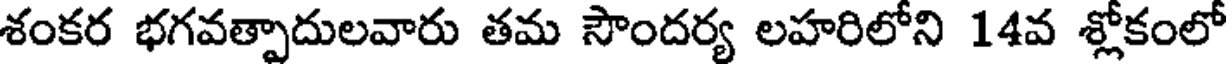
శంకర భగవత్పాదులవారు తమ సౌందర్య లహరిలోని 14వ శ్లోకంలో